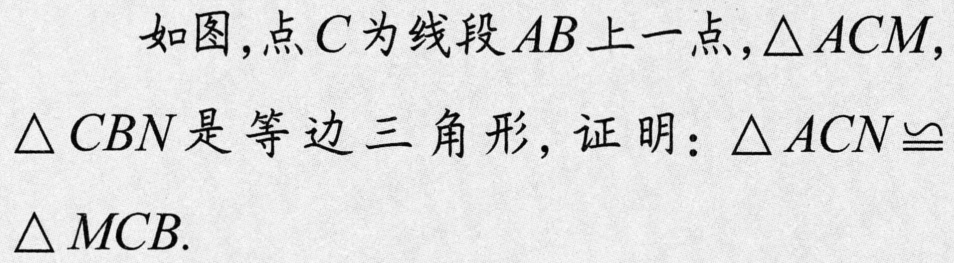
如图，点\(C\)为线段\(AB\)上一点，\(\triangle ACM\)，\(\triangle CBN\)是等边三角形，证明：\(\triangle ACN\cong\triangle MCB\).